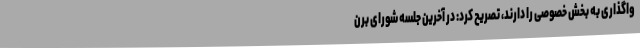
واگذاری به بخش خصوصی را دارند، تصریح کرد: در آخرین جلسه شورای برن